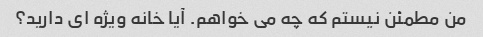
من مطمئن نیستم که چه می خواهم. آیا خانه ویژه ای دارید؟